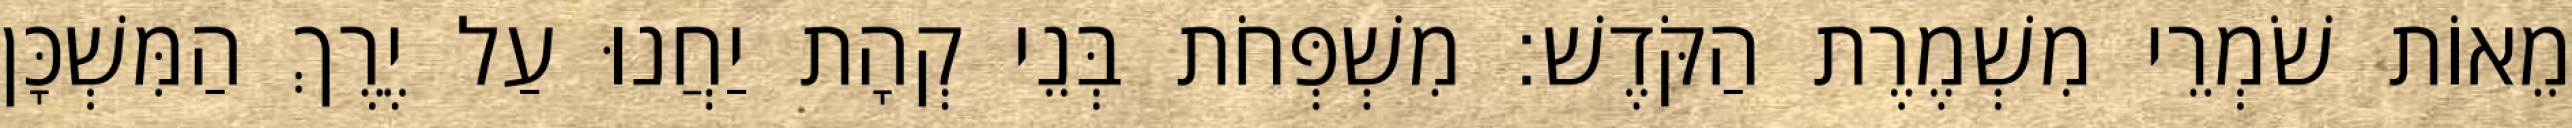
מֵאוֹת שֹׁמְרֵי מִשְׁמֶרֶת הַקֹּדֶשׁ׃ מִשְׁפְּחֹת בְּנֵי קְהָת יַחֲנוּ עַל יֶרֶךְ הַמִּשְׁכָּן